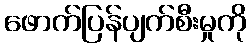
ဖောက်ပြန်ပျက်စီးမှုကို